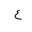
Letter: _ayn